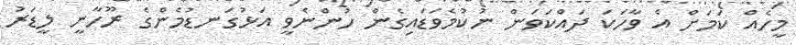
މީހެއް ކަމަށް އެ ވާހަކަ ދައްކަވަން ނުކުމެވަޑައިގެން ހުންނެވީ އަޅުގަނޑުމެންގެ ރޫހާނީ ލީޑަރު